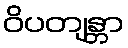
ဝိပတျန္တာ